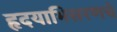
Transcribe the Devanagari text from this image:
हृदयाभिसरणचे